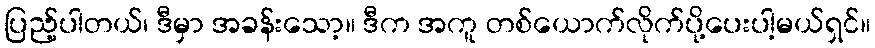
ပြည့်ပါတယ်၊ ဒီမှာ အခန်းသော့။ ဒီက အကူ တစ်ယောက်လိုက်ပို့ပေးပါ့မယ်ရှင်။